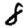
Digit: 8